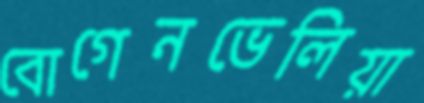
বোগেনভেলিয়া